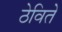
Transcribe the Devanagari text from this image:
ठेविते